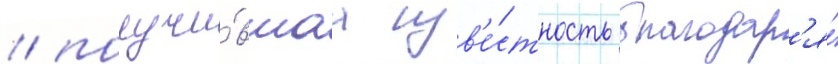
/ получи́вшаа изв'е́стность благодар'я́